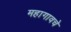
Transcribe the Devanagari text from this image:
महागावचे